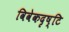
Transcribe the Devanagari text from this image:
विवेकदृष्टि